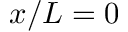
x / L = 0